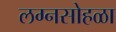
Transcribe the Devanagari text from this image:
लग्नसोहळा